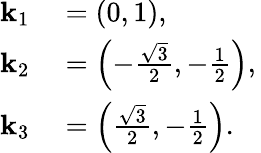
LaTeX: \begin{array}{rl}{\mathbf{k}_{1}}&{{}=\left(0,1\right),\, }\\ {\mathbf{k}_{2}}&{{}=\left(-\frac{\sqrt{3}}{2},-\frac{1}{2}\right),\, }\\ {\mathbf{k}_{3}}&{{}=\left(\frac{\sqrt{3}}{2},-\frac{1}{2}\right).}\end{array}